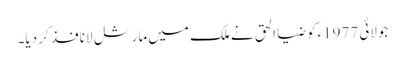
جولائی 1977ءکو ضیا الحق نے ملک میں مارشل لا نافذ کر دیا۔